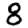
Digit: 8